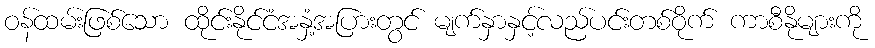
ဝန်ထမ်းဖြစ်သော ထိုင်းနိုင်ငံအနှံ့အပြားတွင် မျက်နှာနှင့်လည်ပင်းတစ်ဝိုက် ကာစီနိုများကို